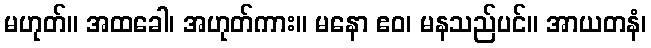
မဟုတ်။ အထခေါ၊ အဟုတ်ကား။ မနော ဧဝ၊ မနသည်ပင်။ အာယတနံ၊